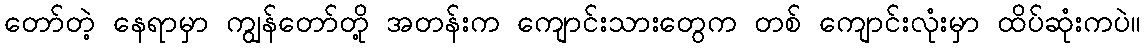
တော်တဲ့ နေရာမှာ ကျွန်တော်တို့ အတန်းက ကျောင်းသားတွေက တစ် ကျောင်းလုံးမှာ ထိပ်ဆုံးကပဲ။